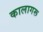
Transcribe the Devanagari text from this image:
कालागरू